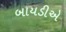
બાયડીએ